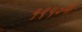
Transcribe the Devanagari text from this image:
१९५०मां